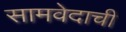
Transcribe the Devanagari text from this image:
सामवेदाची